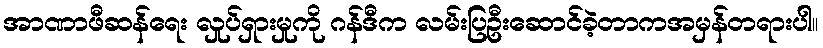
အာဏာဖီဆန်ရေး လှုပ်ရှားမှုကို ဂန်ဒီက လမ်းပြဦးဆောင်ခဲ့တာကအမှန်တရားပါ။